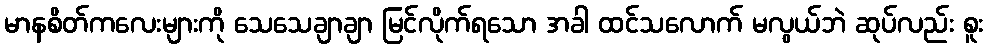
မာနစိတ်ကလေးများကို သေသေချာချာ မြင်လိုက်ရသော အခါ ထင်သလောက် မလွယ်ဘဲ ဆုပ်လည်း စူး